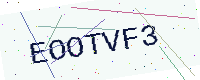
Text: EOOTVF3